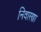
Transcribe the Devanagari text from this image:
निवारणा